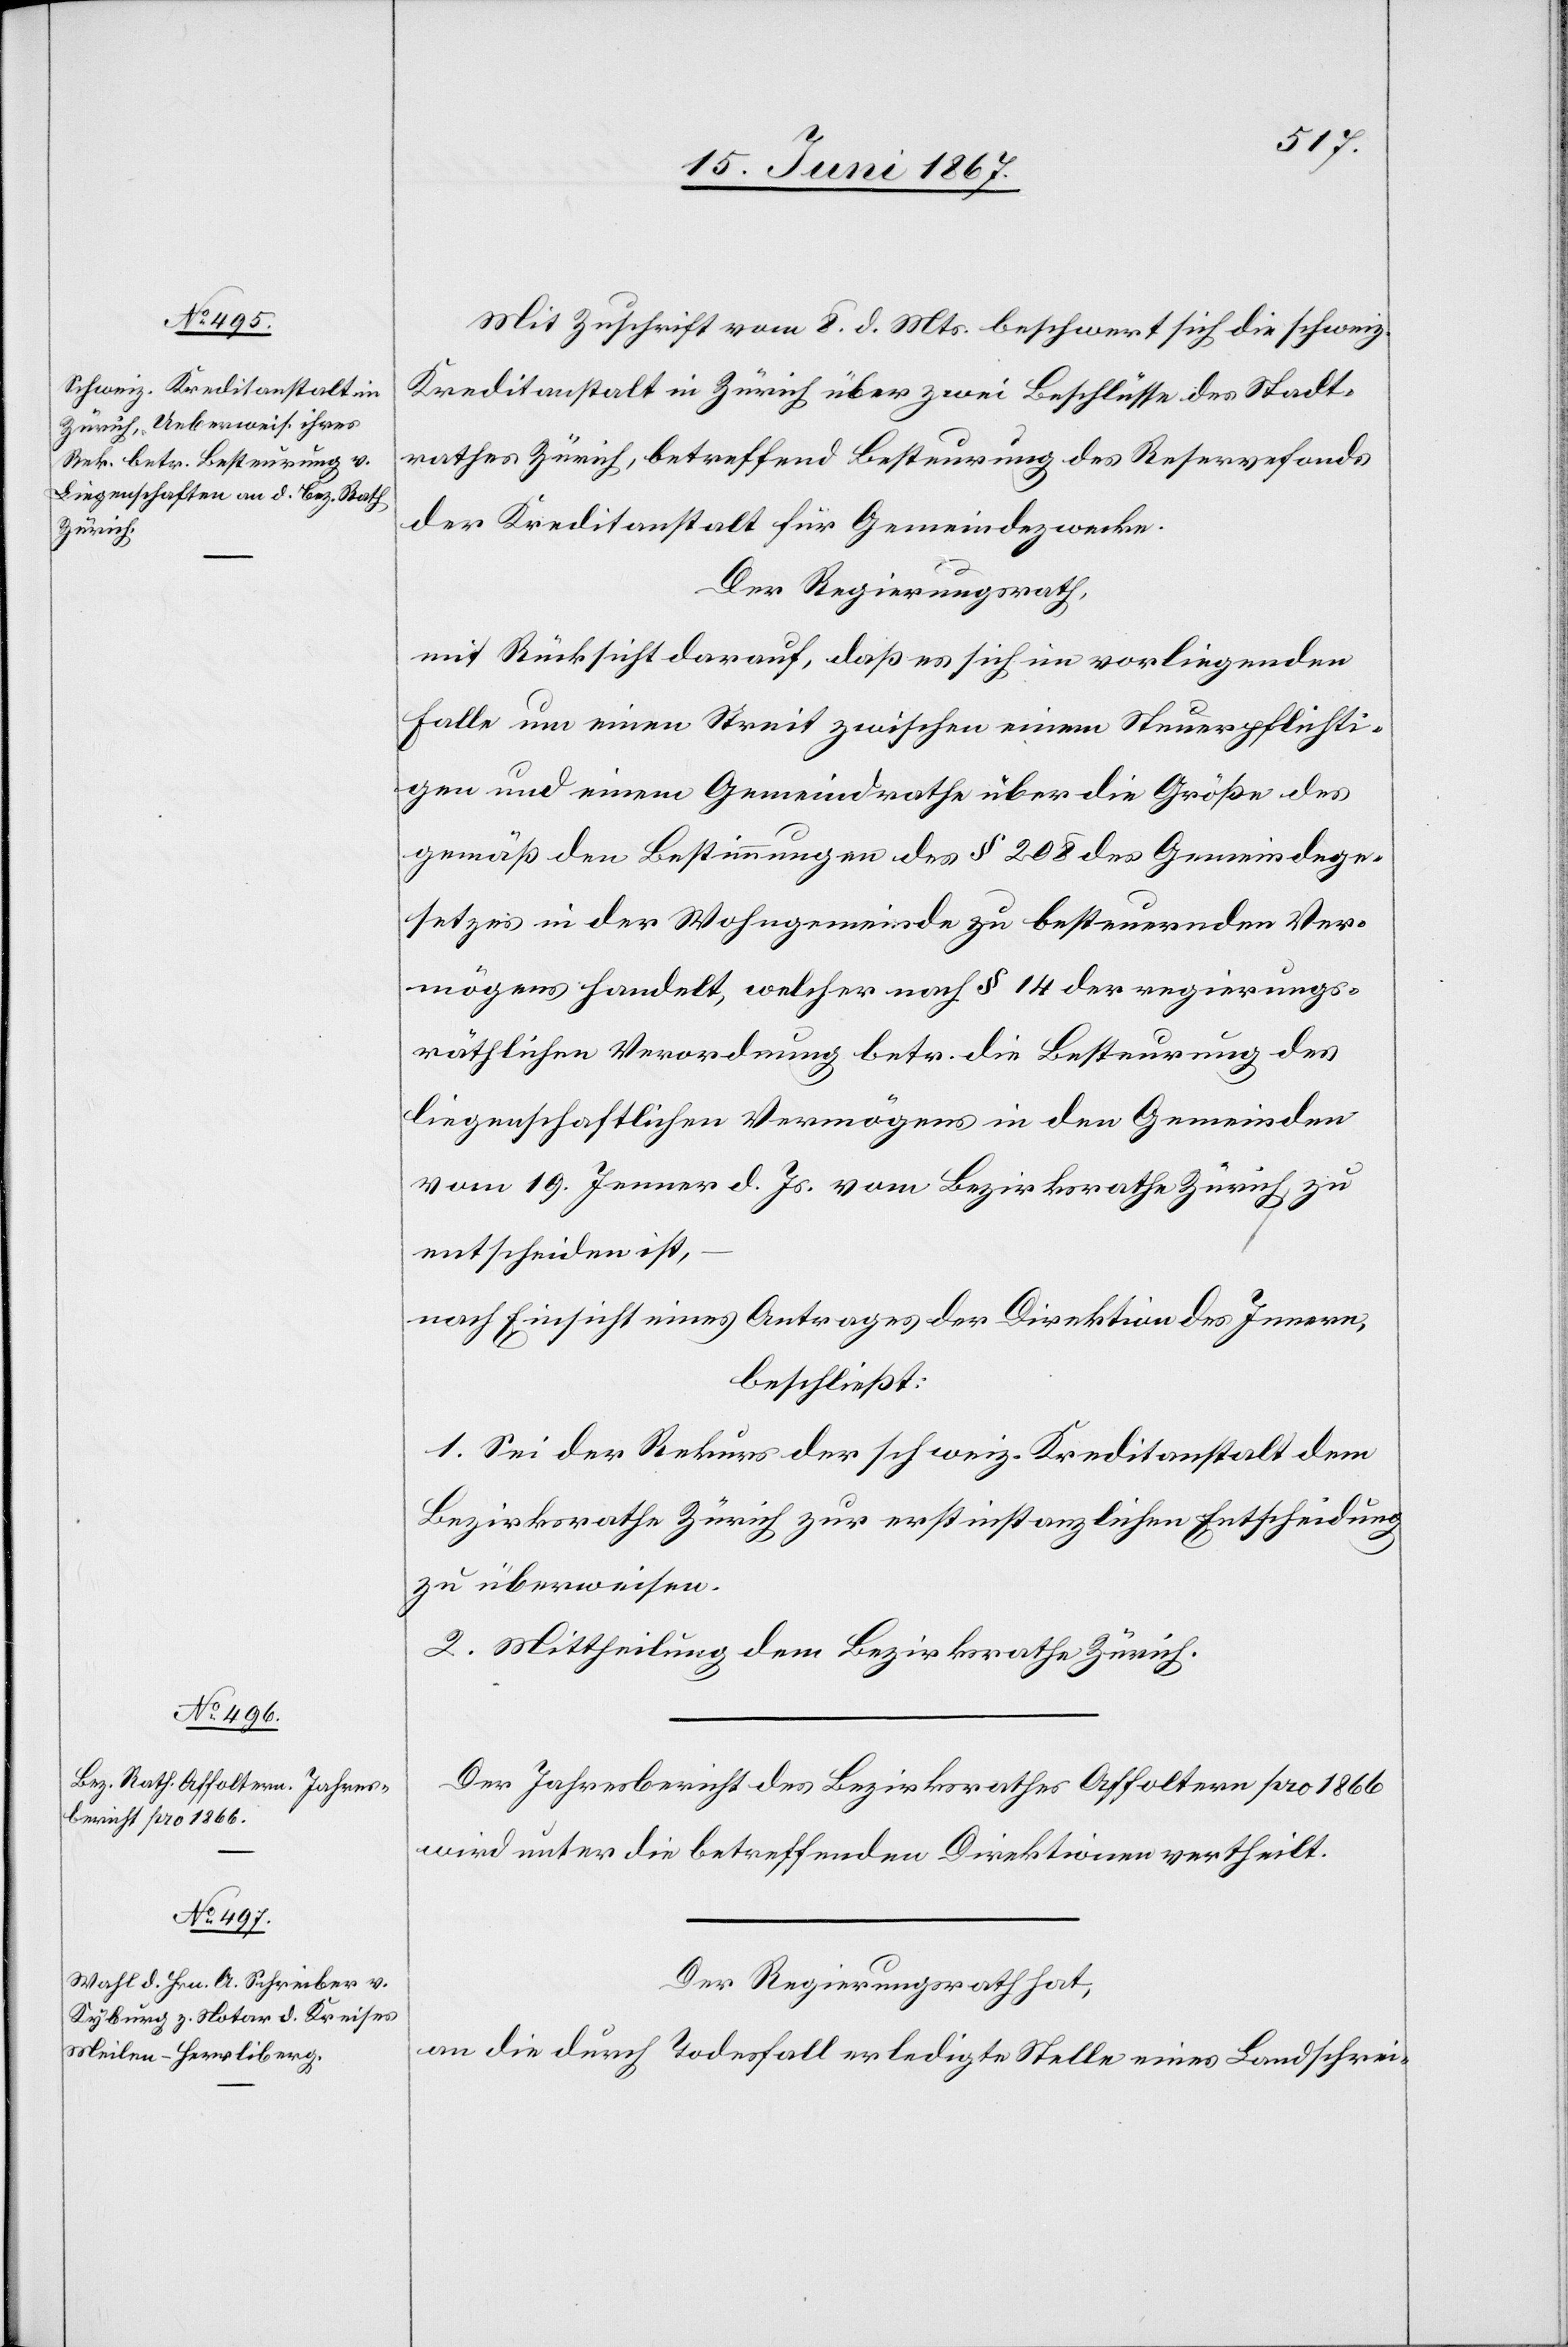
Mit Zuschrift vom 8. d. Mts. beschwert sich die schweiz.
Kreditanstalt in Zürich über zwei Beschlüsse des Stadt¬
rathes Zürich, betreffend Besteurung des Reservefonds
der Kreditanstalt für Gemeindezwecke.
Der Regierungsrath,
mit Rücksicht darauf, daß es sich im vorliegenden
Falle um einen Streit zwischen einem Steuerpflichti¬
gen und einem Gemeindrathe über die Größe des
gemäß den Bestimmungen des § 208 des Gemeindege¬
setzes in der Wohngemeinde zu besteuernden Ver¬
mögens handelt, welcher nach § 14 der regierungs¬
räthlichen Verordnung betr. die Besteuerung des
liegenschaftlichen Vermögens in den Gemeinden
vom 19. Jenner d. Js. vom Bezirksrathe Zürich zu
entscheiden ist,
nach Einsicht eines Antrages der Direktion des Innern,
beschließt:
1. Sei der Rekurs der schweiz. Kreditanstalt dem
Bezirksrathe Zürich zur erstinstanzlichen Entscheidung
zu überweisen.
2. Mittheilung dem Bezirksrathe Zürich.
Der Jahresbericht des Bezirksrathes Affoltern pro 1866
wird unter die betreffenden Direktionen vertheilt.
Der Regierungsrath hat,
an die durch Todesfall erledigte Stelle eines Landschrei-